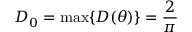
D _ { 0 } = \operatorname* { m a x } \{ D ( \theta ) \} = \frac { 2 } { \pi }